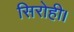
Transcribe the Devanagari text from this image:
सिरोही।